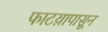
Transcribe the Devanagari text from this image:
फाटय़ापासून